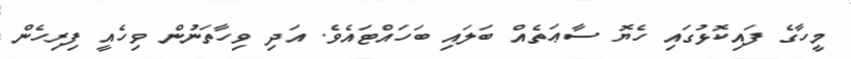
މީހާގެ ފައިކޮޅުގައި ހެޔޮ ސާޢަތެއް ބަލައި ބަހައްޓައެވެ. އަދި ވިހާތަނުން ވިހެއީ ފިރިހެން